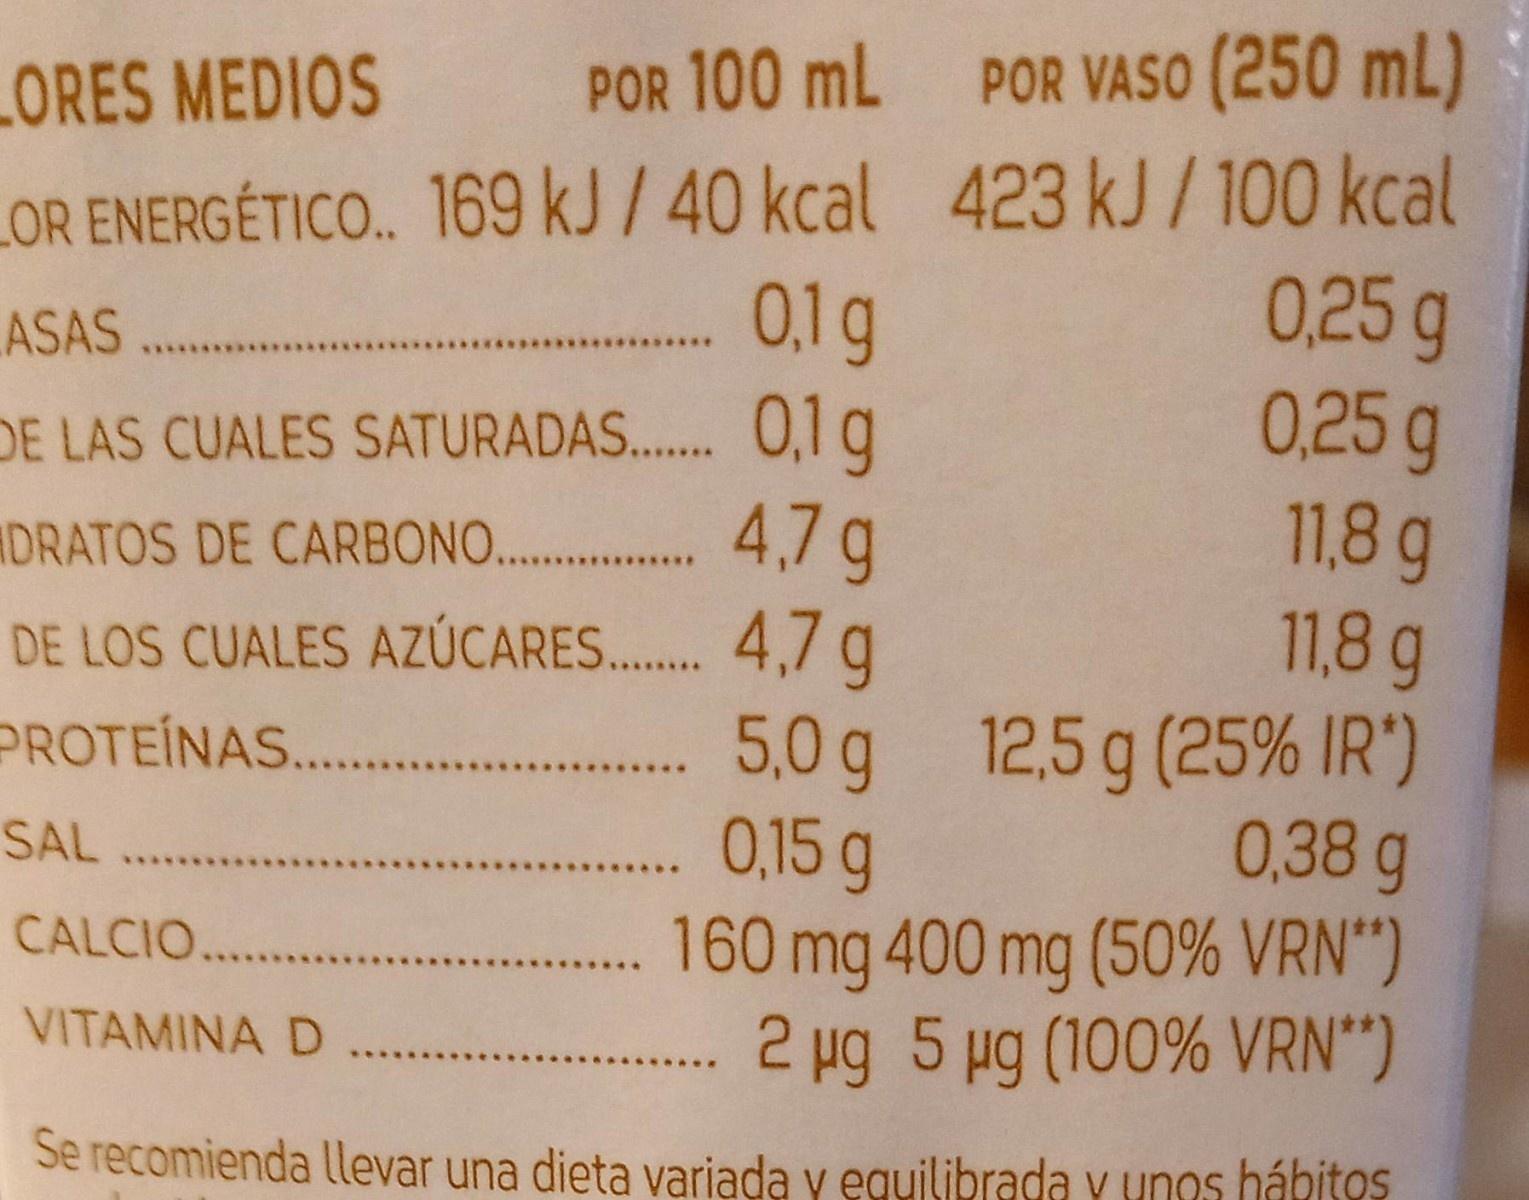
POR VASO (250 mL) 423 kJ/100 kcal 0,25 g 0.25g 11,8g 11,8 g 5,0 g 12,5 g (25% IR') 0,38 g 160 mg 400 mg (50% VRN") 2 ug 5 ug (100% VRN“)
LORES MEDIOS LOR ENERGÉTICO. 169 kJ/ 40 kcal
POR 100 mL
ASAS...
0,1g
DE LAS CUALES SATURADAS. 0,1 g DRATOS DE CARBONO. 4,7 g DE LOS CUALES AZÚCARES. 4,7 g PROTEÍNAS. .
0,15 g
SAL
CALCIO...
VITAMINA D
(100% VRN")
Se recomienda llevar una dieta variada y eguilibrada y unos hábitos